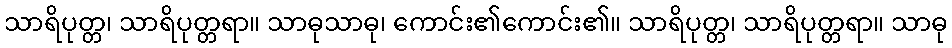
သာရိပုတ္တ၊ သာရိပုတ္တရာ။ သာဓုသာဓု၊ ကောင်း၏ကောင်း၏။ သာရိပုတ္တ၊ သာရိပုတ္တရာ။ သာဓု